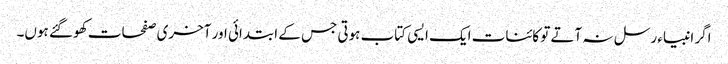
اگر انبیاء رسل نہ آتے تو کائنات ایک ایسی کتاب ہوتی جس کے ابتدائی اور آخری صفحات کھو گئے ہوں۔